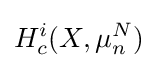
H_{c}^{i}(X,\mu _{n}^{N})